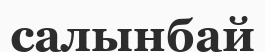
салынбай